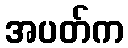
အပတ်က